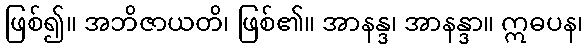
ဖြစ်၍။ အဘိဇာယတိ၊ ဖြစ်၏။ အာနန္ဒ၊ အာနန္ဒာ။ ဣဓပန၊